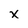
Character: X